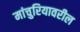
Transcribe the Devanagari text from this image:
मांचुरियावरील